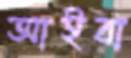
আইবা